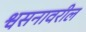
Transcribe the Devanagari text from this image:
श्वसनावरील